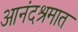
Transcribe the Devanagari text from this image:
आनंदश्रमात